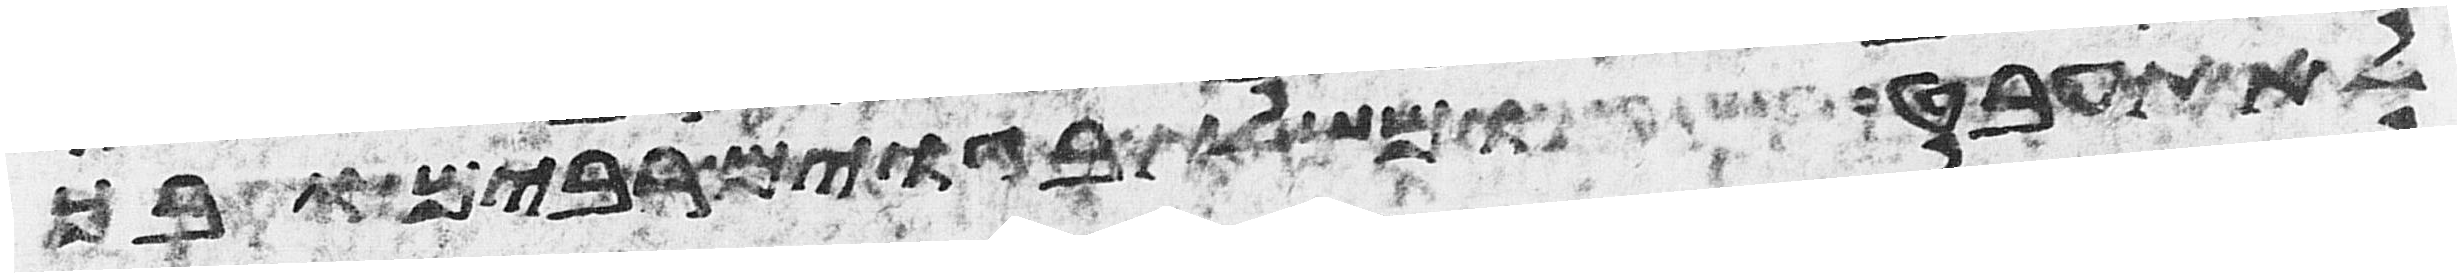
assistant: לא תעבט ומשלת בגוים רבים ובך